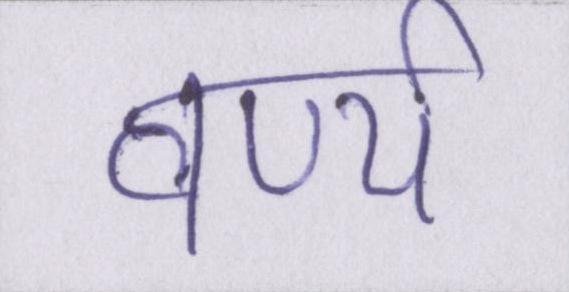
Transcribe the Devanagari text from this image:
वर्ण्य